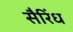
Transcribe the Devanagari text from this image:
सैरिंध